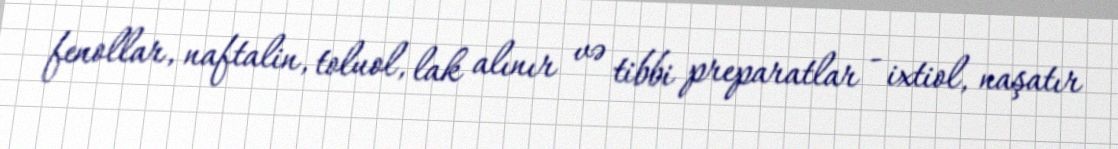
fenollar, naftalin, toluol, lak alınır və tibbi preparatlar - ixtiol, naşatır